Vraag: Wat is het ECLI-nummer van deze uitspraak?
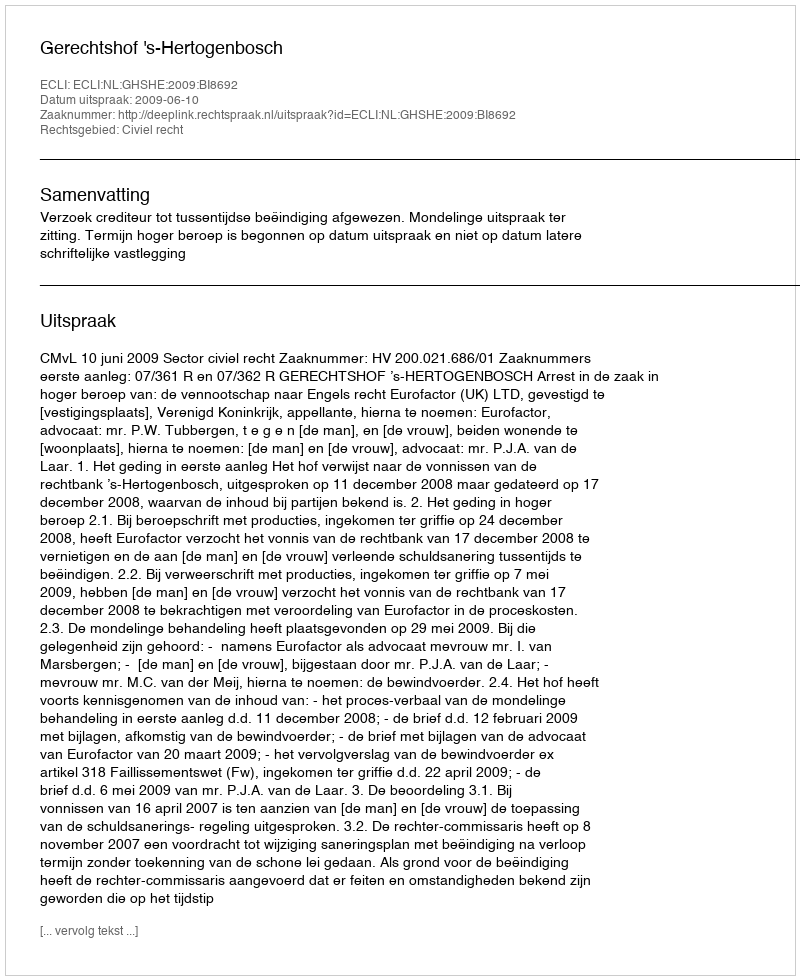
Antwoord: ECLI:NL:GHSHE:2009:BI8692